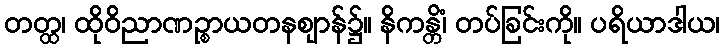
တတ္ထ၊ ထိုဝိညာဏဉ္စာယတနဈာန်၌။ နိကန္တိံ၊ တပ်ခြင်းကို။ ပရိယာဒါယ၊